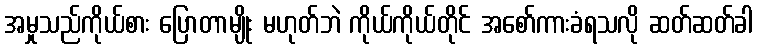
အမှုသည်ကိုယ်စား ပြောတာမျိုး မဟုတ်ဘဲ ကိုယ်ကိုယ်တိုင် အစော်ကားခံရသလို ဆတ်ဆတ်ခါ